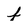
Character: f